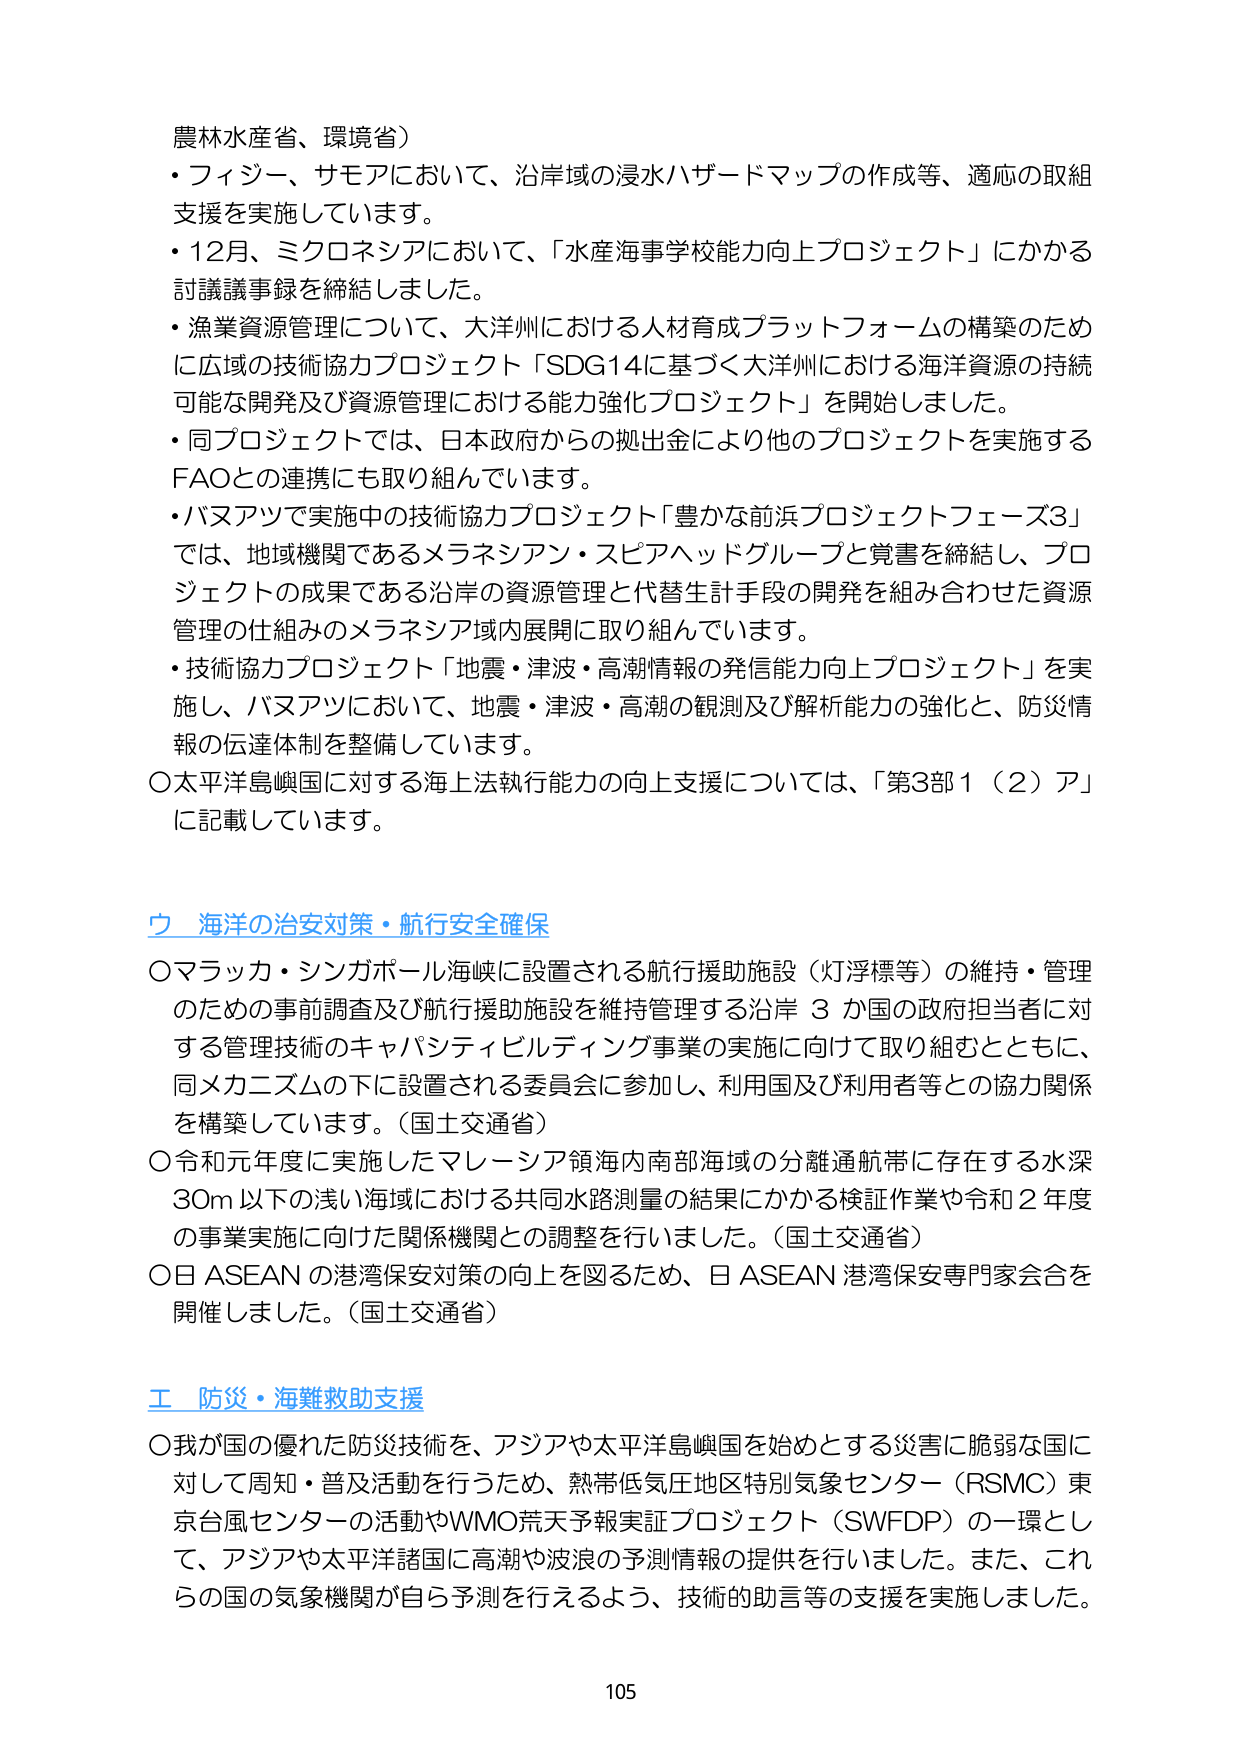
農林水産省、環境省）
・フィジー、サモアにおいて、沿岸域の浸水ハザードマップの作成等、適応の取組支援を実施しています。
・12月、ミクロネシアにおいて、「水産海事学校能力向上プロジェクト」にかかる討議議事録を締結しました。
・漁業資源管理について、大洋州における人材育成プラットフォームの構築のために広域の技術協力プロジェクト「SDG14に基づく大洋州における海洋資源の持続可能な開発及び資源管理における能力強化プロジェクト」を開始しました。
・同プロジェクトでは、日本政府からの拠出金により他のプロジェクトを実施するFAOとの連携にも取り組んでいます。
・バヌアツで実施中の技術協力プロジェクト「豊かな前浜プロジェクトフェーズ3」では、地域機関であるメラネシアン・スピアヘッドグループと覚書を締結し、プロジェクトの成果である沿岸の資源管理と代替生計手段の開発を組み合わせた資源管理の仕組みのメラネシア域内展開に取り組んでいます。
・技術協力プロジェクト「地震・津波・高潮情報の発信能力向上プロジェクト」を実施し、バヌアツにおいて、地震・津波・高潮の観測及び解析能力の強化と、防災情報の伝達体制を整備しています。
〇太平洋島嶼国に対する海上法執行能力の向上支援については、「第3部1（2）ア」に記載しています。

ウ 海洋の治安対策・航行安全確保
〇マラッカ・シンガポール海峡に設置される航行援助施設（灯浮標等）の維持・管理のための事前調査及び航行援助施設を維持管理する沿岸３か国の政府担当者に対する管理技術のキャパシティビルディング事業の実施に向けて取り組むとともに、同メカニズムの下に設置される委員会に参加し、利用国及び利用者等との協力関係を構築しています。（国土交通省）
〇令和元年度に実施したマレーシア領海内南部海域の分離通航帯に存在する水深30m以下の浅い海域における共同水路測量の結果にかかる検証作業や令和2年度の事業実施に向けた関係機関との調整を行いました。（国土交通省）
〇日ASEANの港湾保安対策の向上を図るため、日ASEAN港湾保安専門家会合を開催しました。（国土交通省）

エ 防災・海難救助支援
〇我が国の優れた防災技術を、アジアや太平洋島嶼国を始めとする災害に脆弱な国に対して周知・普及活動を行うため、熱帯低気圧地区特別気象センター（RSMC）東京台風センターの活動やWMO荒天予報実証プロジェクト（SWFDP）の一環として、アジアや太平洋諸国に高潮や波浪の予測情報の提供を行いました。また、これらの国の気象機関が自ら予測を行えるよう、技術的助言等の支援を実施しました。

105